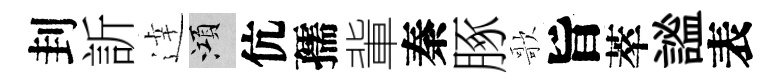
刲訢逹澒伉孺軰秦䐁歌旨萃謐表